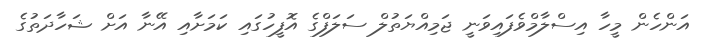
އަންހެން މީހާ އިސްލާމްވެފައިވަނީ ޖަމިއްޔަތުލް ސަލަފްގެ އޮފީހުގައި ކަމަށާއި އޭނާ އަށް ޝަހާދަތުގެ